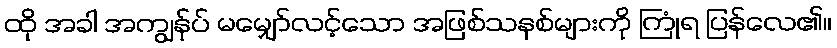
ထို အခါ အကျွန်ုပ် မမျှော်လင့်သော အဖြစ်သနစ်များကို ကြုံရ ပြန်လေ၏။